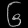
Digit: ၆